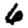
Digit: 6